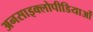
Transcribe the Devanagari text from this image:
अनसाइक्लोपीडियाओं